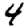
Digit: 4